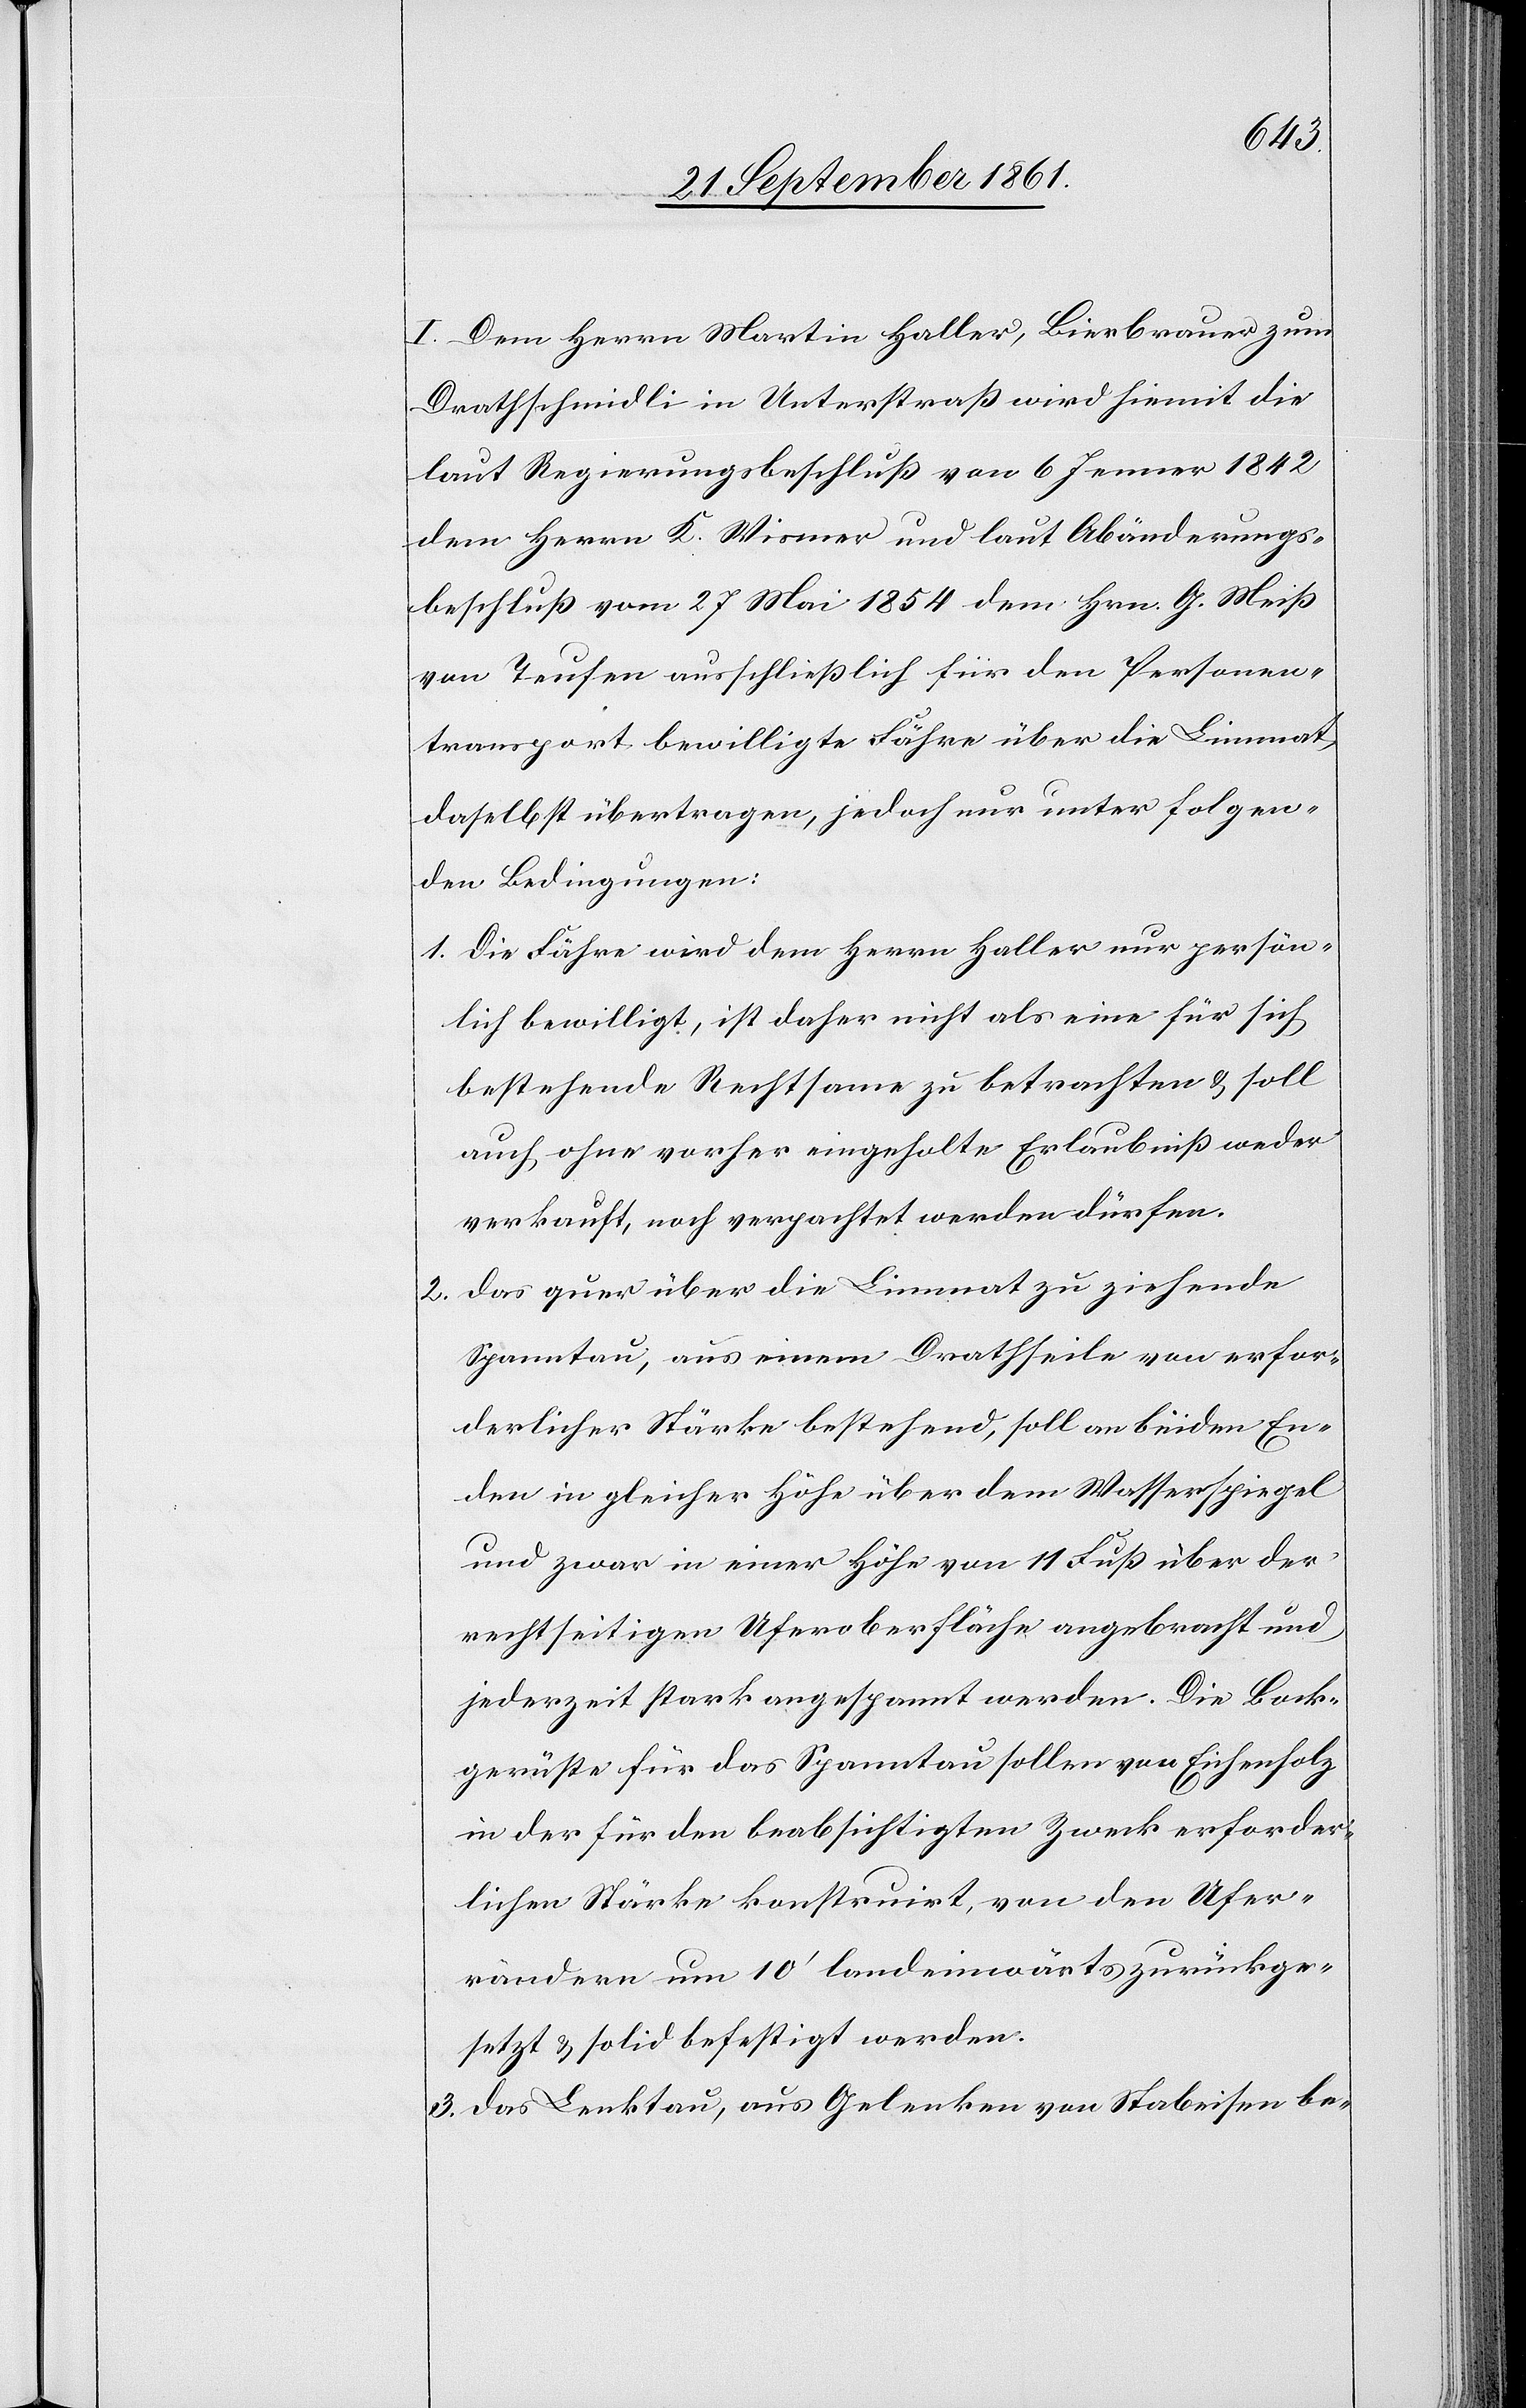
I. Dem Herrn Martin Haller, Bierbrauer zum
Drathschmidli in Unterstraß wird hiemit die
laut Regierungsbeschluß vom 6 Jenner 1842
dem Herrn K. Wismer und laut Abänderungs¬
beschluß vom 27 Mai 1854 dem Hrn. G. Meiß
von Teufen ausschließlich für den Personen¬
transport bewilligte Fähre über die Limmat,
daselbst übertragen, jedoch nur unter folgen¬
den Bedingungen:
1. Die Fähre wird dem Herrn Haller nur persön¬
lich bewilligt, ist daher nicht als eine für sich
bestehende Rechtsame zu betrachten u. soll
auch ohne vorher eingeholte Erlaubniß weder
verkauft noch verpachtet werden dürfen.
2. das quer über die Limmat zu ziehende
Spanntau, aus einem Drathseile von erfor¬
derlicher Stärke bestehend, soll an beiden En¬
den in gleicher Höhe über dem Wasserspiegel
und zwar in einer Höhe von 11 Fuß über der
rechtseitigen Uferoberfläche angebracht und
jederzeit stark angespannt werden. Die Bock¬
gerüste für das Spanntau sollen von Eichenholz
in der für den beabsichtigten Zweck erforder¬
lichen Stärke konstruirt, von den Ufer¬
rändern um 10‘ landeinwärts zurückge¬
setzt u. solid befestigt werden.
3. das Lenktau, aus Gelenken von Stabeisen be-